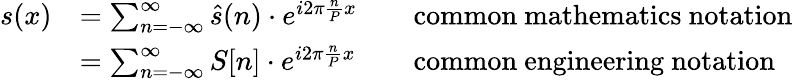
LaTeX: {\begin{array}{rlrl}{s(x)}&{=\sum_{n=-\infty}^{\infty}{\hat{s}}(n)\cdot e^{i2\pi{\frac{n}{P}}x}}&&{{\mathrm{common~mathematics~notation}}}\\ &{=\sum_{n=-\infty}^{\infty}S[n]\cdot e^{i2\pi{\frac{n}{P}}x}}&&{{\mathrm{common~engineering~notation}}}\end{array}}